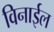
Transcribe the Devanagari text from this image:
विनाईल